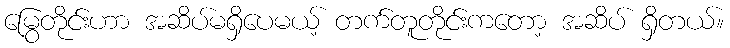
မြွေတိုင်းဟာ အဆိပ်မရှိပေမယ့် တက်တူတိုင်းကတော့ အဆိပ် ရှိတယ်။